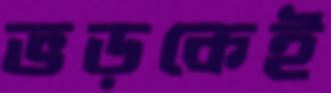
ভড়কেই